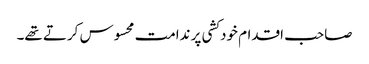
صاحب اقدام خودکشی پر ندامت محسوس کرتے تھے۔